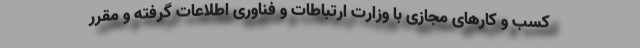
کسب و کارهای مجازی با وزارت ارتباطات و فناوری اطلاعات گرفته و مقرر